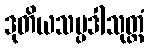
ဒုတိယသမ္ပဒါသုတ္တံ